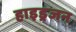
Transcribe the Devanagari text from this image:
हाइड्रजन